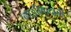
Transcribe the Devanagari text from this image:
नाझीवादाची